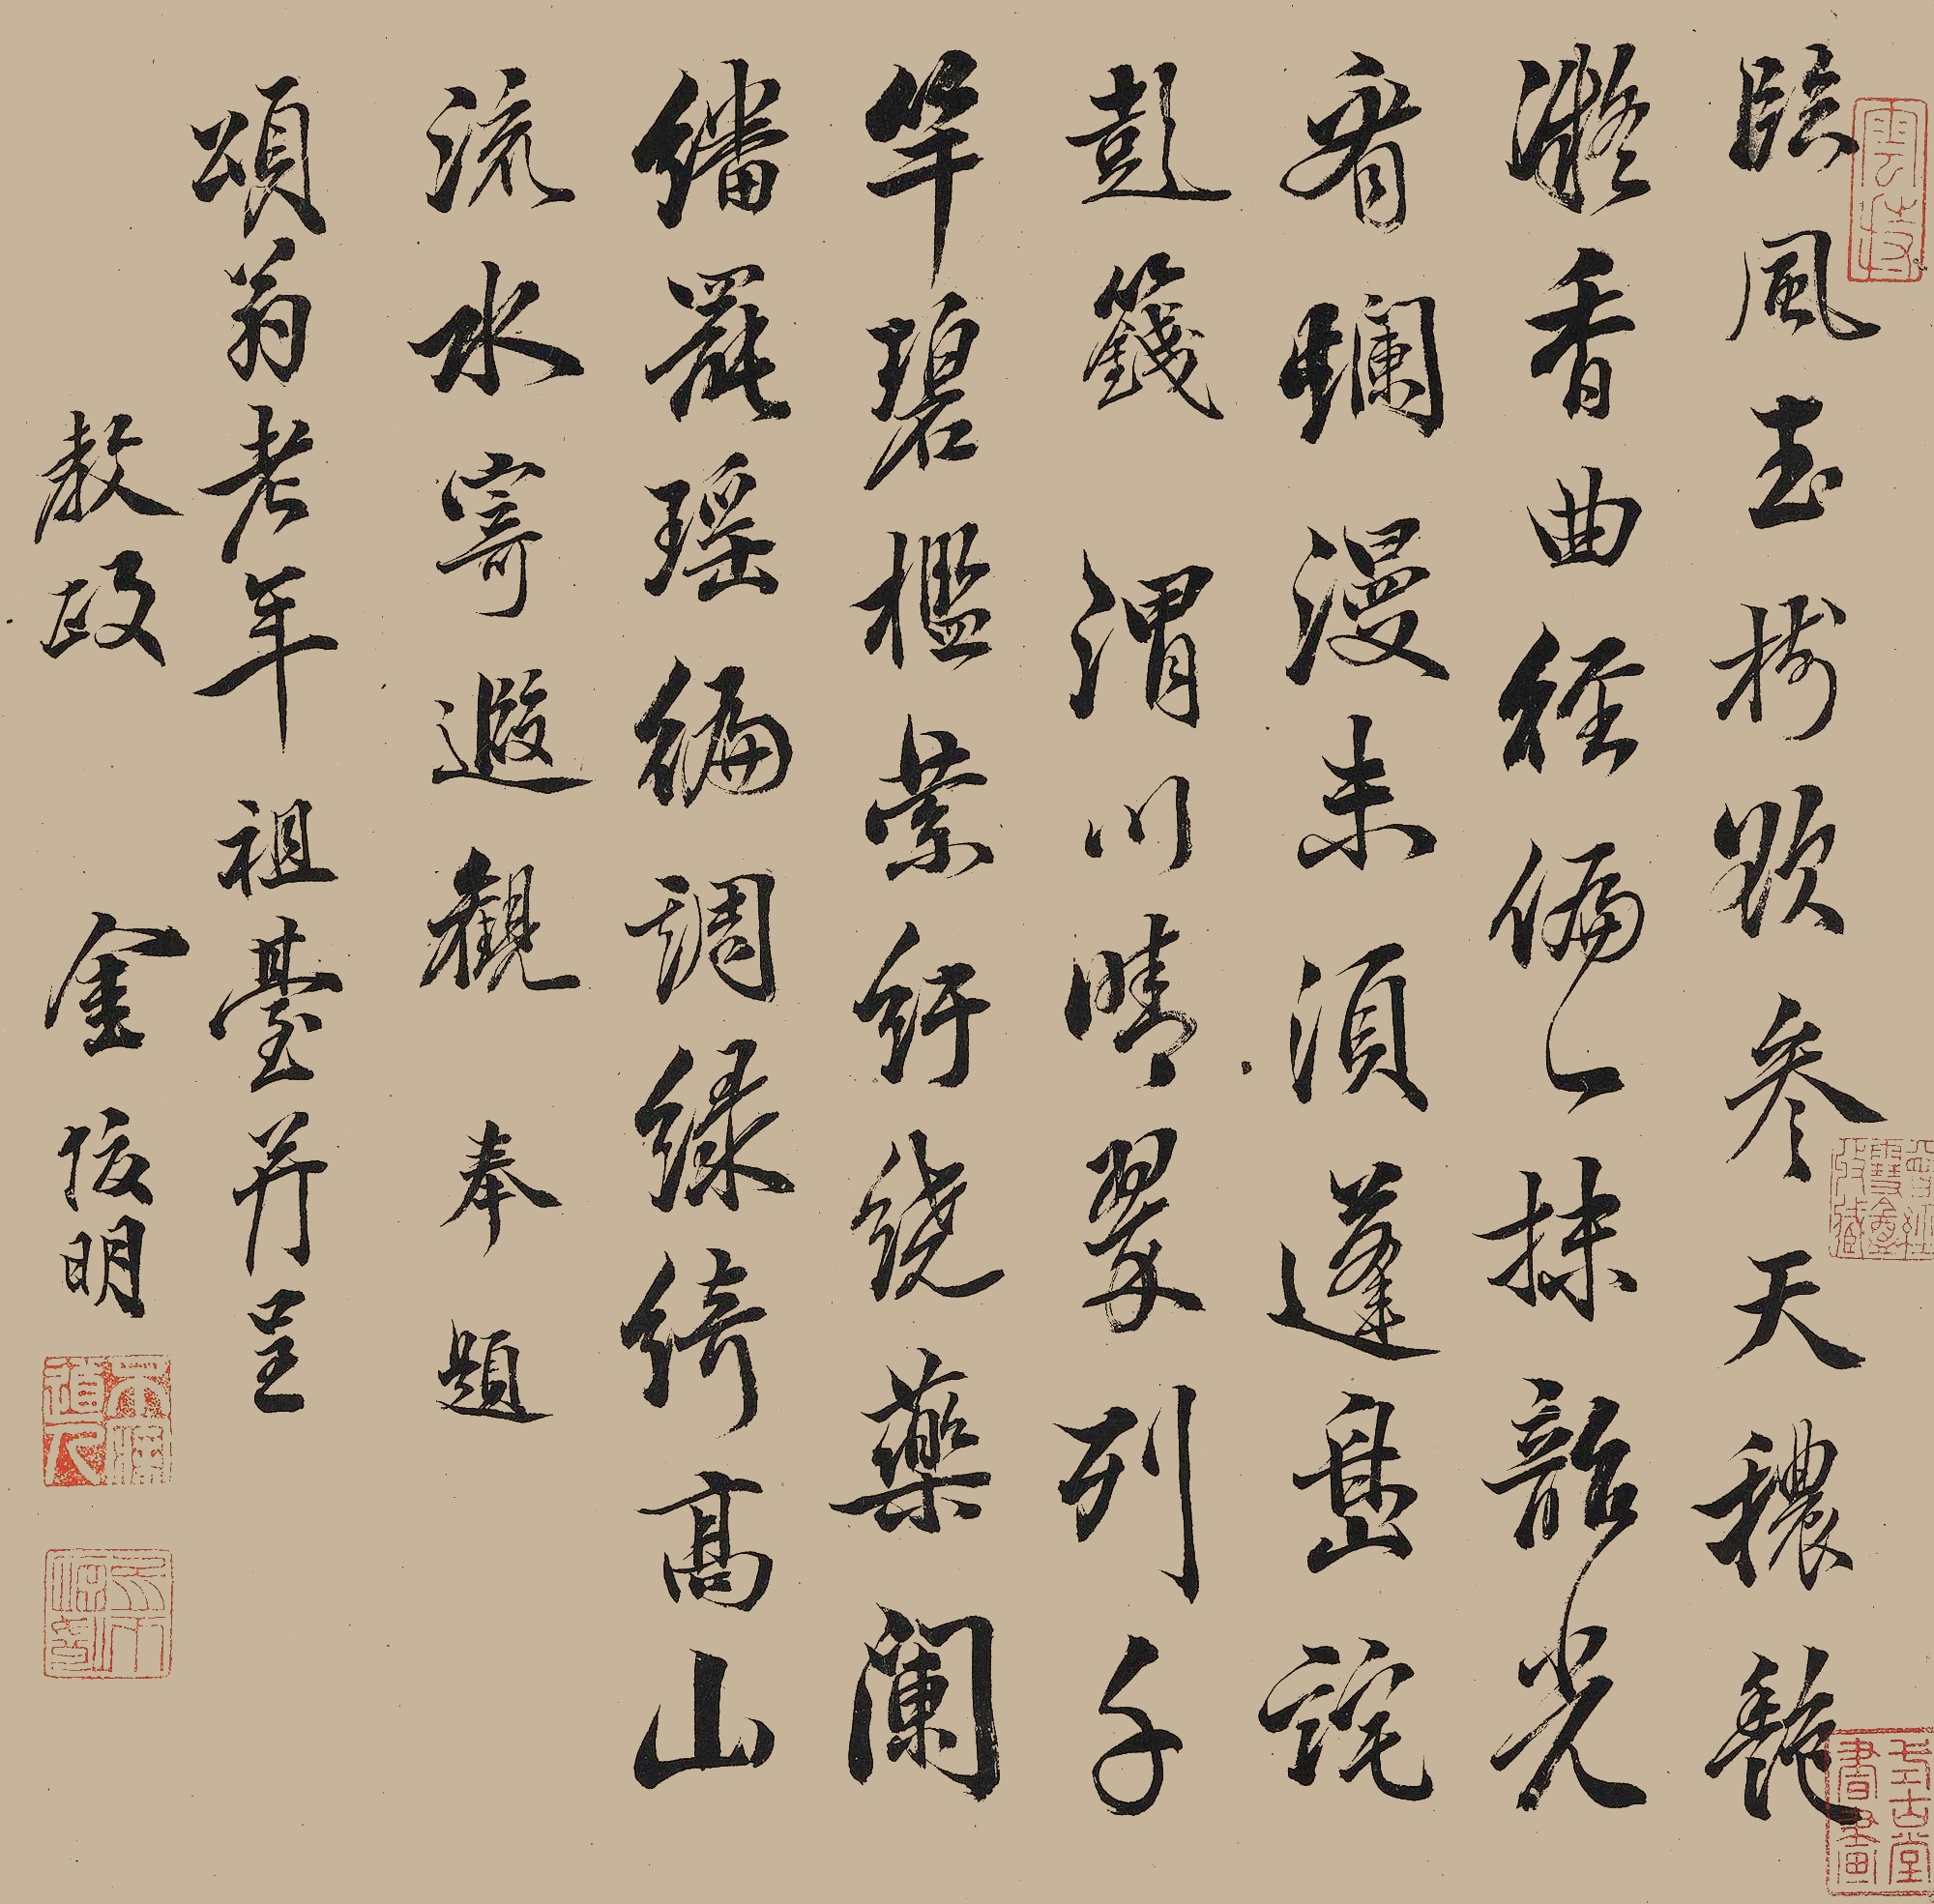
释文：临风玉梅欲参天，秾艳凝香曲经偏。一抹韶光看灿漫，未须蓬岛诧彭笺。渭川晴翠列千竿，碧槛索纡绕药阑。繙罢瑶编调绿绮，高山流水寄遐观。奉题颂翁老年祖台并呈教政，金俊明。